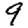
Digit: 9